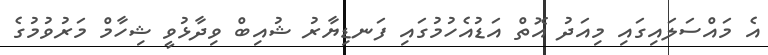
އެ މައްސަލައިގައި މިއަދު އޮތް އަޑުއެހުމުގައި ފަނޑިޔާރު ޝުއިބް ވިދާޅުވީ ޝިހާމް މަރުވުމުގެ